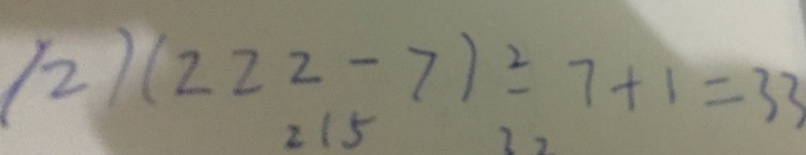
( 2 ) ( 2 2 2 - 7 ) \div 7 + 1 = 3 3